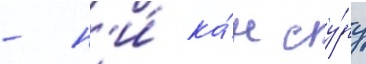
- н'и́ ка́н су́ру